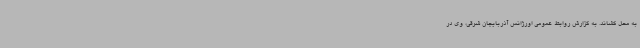
به محل کشاند. به گزارش روابط عمومی اورژانس آذربایجان‌ شرقی، وی در